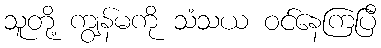
သူတို့ ကျွန်မကို သံသယ ဝင်နေကြပြီ